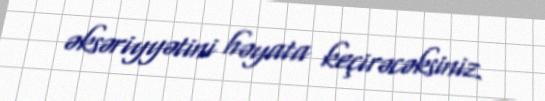
əksəriyyətini həyata keçirəcəksiniz.